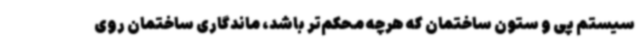
سیستم پی و ستون ساختمان که هرچه محکم‌تر باشد، ماندگاری ساختمان روی